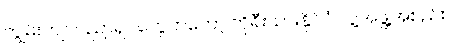
ကျွမ်းကျင်ပညာရှင်တွေကတော့ ကိုရီးယားနိုင်ငံ လူ့အဖွဲ့အစည်း